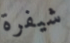
شيفرة